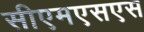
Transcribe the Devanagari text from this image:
सीएमएसएस